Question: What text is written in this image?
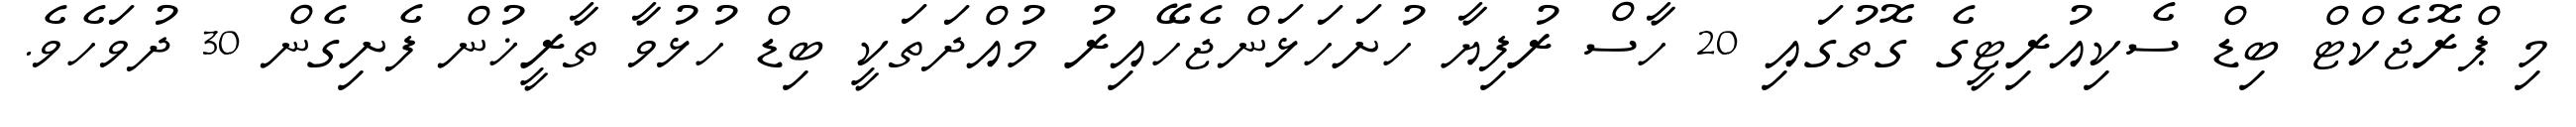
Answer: މި ޕްރޮޖެކްޓް ބިޑް ސެކިއުރިޓީގެ ގޮތުގައި 20 ހާސް ރުފިޔާ ހުށަހަޅަންޖެހޭއިރު މުއްދަތަކީ ބިޑް ހުޅުވާ ތާރީޚުން ފެށިގެން 30 ދުވަހެވެ.